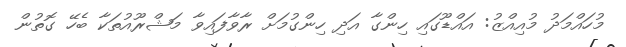
މުހައްމަދު މުއިއްޒު: އައްޑޫގައި ހިންގާ އަދި ހިންގުމަށް ރާވާފައިވާ މަޝްރޫއުތަކާ ބެހޭ ގޮތުން